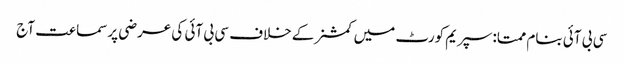
سی بی آئی بنام ممتا:سپریم کورٹ میں کمشنرکے خلاف سی بی آئی کی عرضی پرسماعت آج